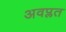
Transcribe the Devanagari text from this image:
अवप्लत